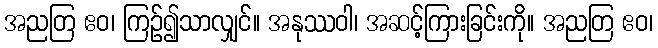
အညတြ ဧဝ၊ ကြဉ်၍သာလျှင်။ အနုဿဝါ၊ အဆင့်ကြားခြင်းကို။ အညတြ ဧဝ၊